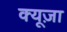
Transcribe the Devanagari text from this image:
क्यूज़ा